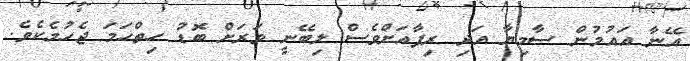
އޭނާ އައުމުން ސާމިޔާ އަދި ރިފާއަށްވެސް ލިބޭނީ ވަރަށް ބޮޑު ހިތްހަމަ ޖެހުމެކެވެ.